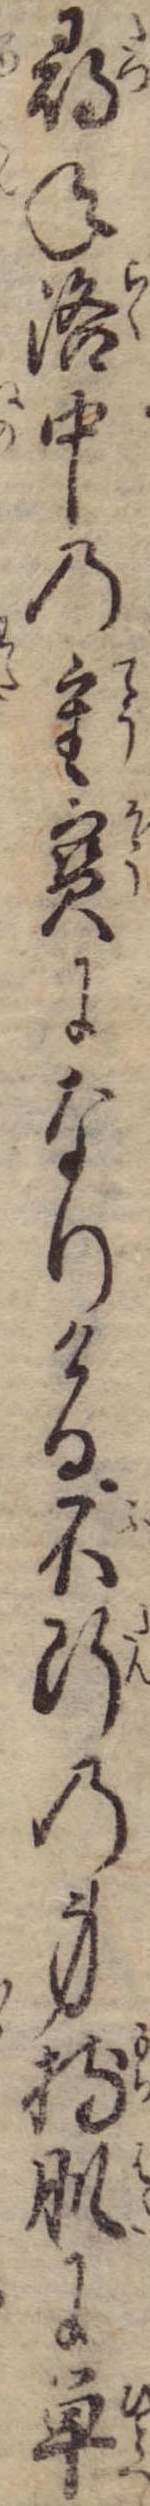
尋ね洛中の重宝になりける不断の身持肌に単